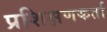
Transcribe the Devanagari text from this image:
प्रशिक्षणकर्ता